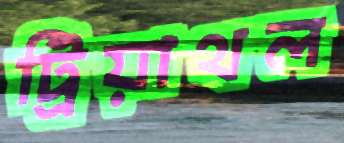
ট্রিয়াথল